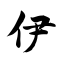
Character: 伊